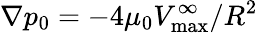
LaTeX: \nabla p_{0}=-4\mu_{0}V_{\mathrm{max}}^{\infty}/R^{2}